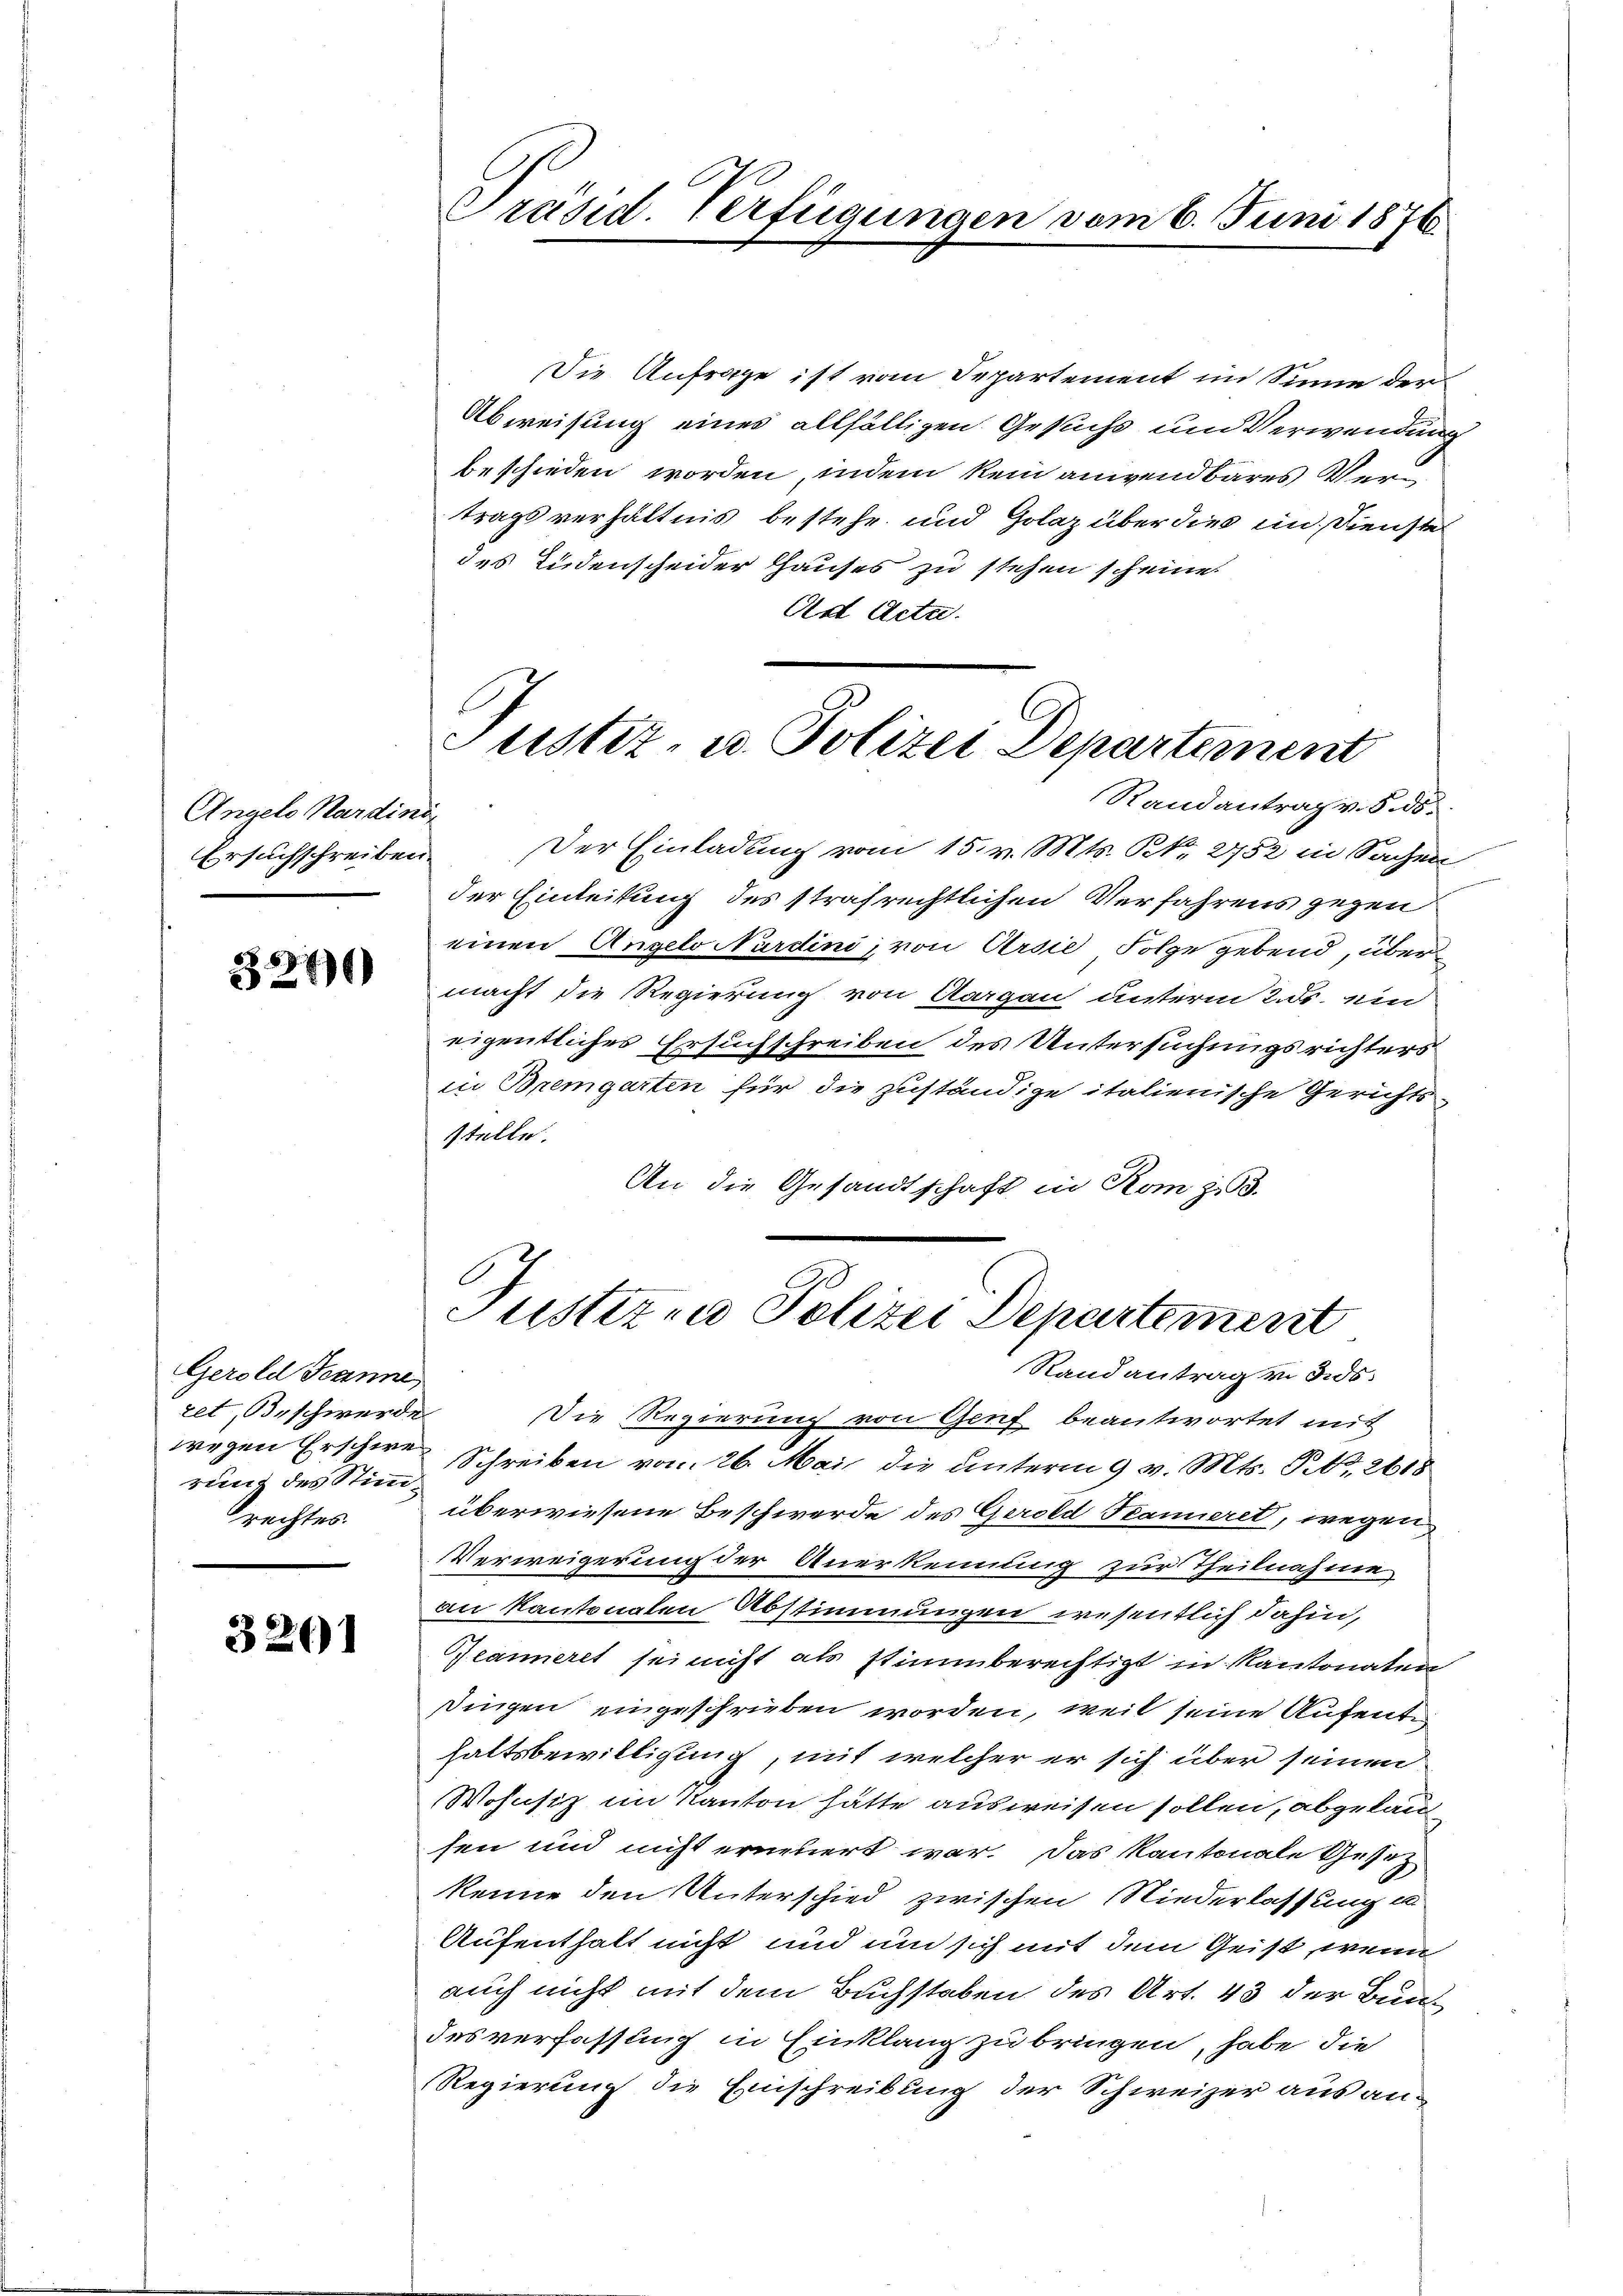
Angelo Mardini
Ersuchschreiben.

3240)

Gerold Spanne,
ret, Beschwerde
rung des Stimmrechtes.

3201

1
Präsid. Verfügungen vom 6. Juni 1876.

Justiz- u. Polizei Departement

Die Anfrage ist vom Separtement im Sinne der
Abweisung eines allfälligen Gesuchs und Verwendung
beschieden worden, indem kein anwendbares Vertrags verhältnis bestehe und Golaz über dies in Dienstel
des Liedenscheider Hauses zu stehen scheine
Ad Acta.
Randantrag v. 5. d.
Der Einladung vom 15. v. Mts. S. 2752 in Sachen
der Einleitung des strafrechtlichen Verfahrens gegen
einen Angelo Nardini, von Ursie Folge gebend, über
macht die Regierung von Aargau unterm 2. ds. ein
eigentliches Ersuchschreiben des Untersuchungsrichters
in Bremgarten für die zuständige italienische Gerichts-
stelle.
An die Gesandtschaft in Rom zu 3.

Justizen Polizei Departement

Randantrag vo dies
Die Regierung von Genf beantwortet mit
wegen Erschwere Schreiben vom 26. Mai die unterm 9 v. Mts. S. 2618
überwiesene Beschwerde des Gerold Spanneret, wegen
Verweigerung der Anerkennung zur Theilnahme
an kantonalen Abstimmungen wesentlich dahin,
Jeanneret sei nicht als stimmberechtigt in Kantonaten
Dingen eingeschrieben worden, weil seine Aufente
haltsbewilligung, mit welcher er sich über seinen
Wohnsiz im Kanton hätte ausweisen sollen, abgelausen und nicht erneuert war. Das Kantonale Gesetz
kenne den Unterschied zwischen Niederlassung un
Aufenthalt nicht und um sich mit dem Geist, wenn
auch nicht mit dem Buchstaben des Art. 43 der Bundesverfassung in Einklang zu bringen, habe die
Regierung die Einschreibung der Schweizer aus an¬